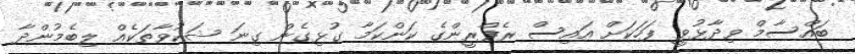
ބައްސާމް ވިދާޅުވީ ފަހަކަށް އައިސް ރެފްރީންގެ ކަންކަމާ ގުޅިގެން ގިނަ ޝަކުވާތަކެއް ލިބެމުންދާ